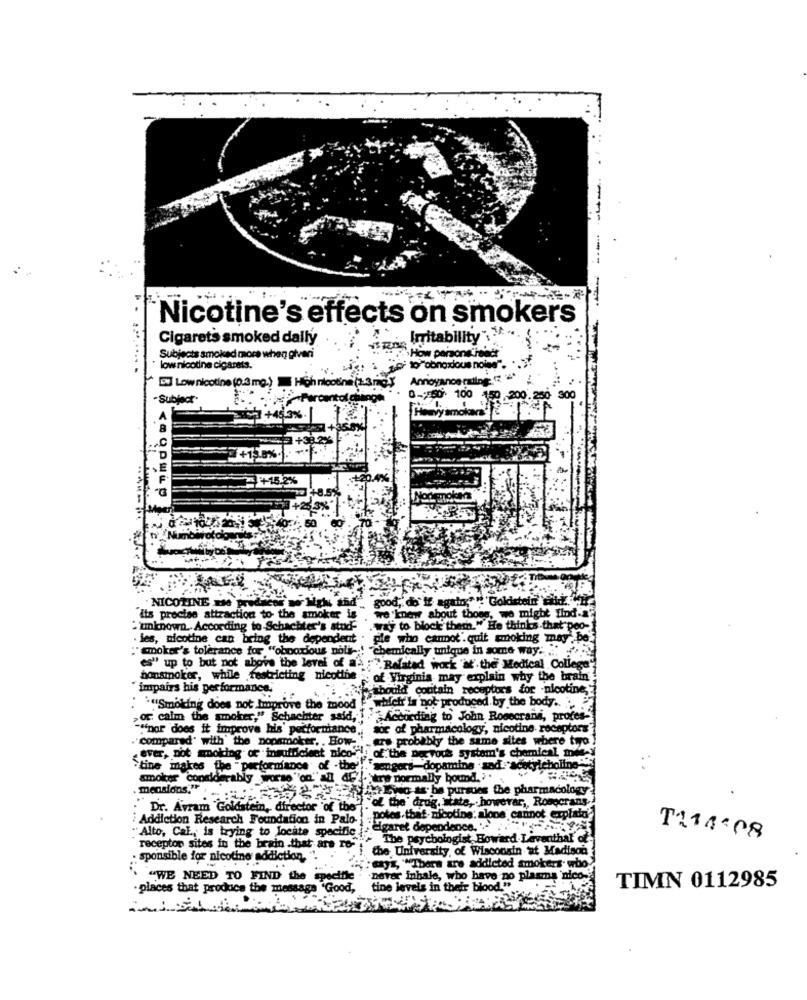
Nicotine's effects on smokers
Cigarets smoked dally
Imitability"
Subjects smoked more when given
How persona ite
low nicotine cigarets.
Annoyance rad
Low nicotine (0.3 mg.)
"Subject.
0- 50 100
250 300
4+15.2%
dacor wor high and" good, do' If again" " Goldstein etuk
NICOTINE x16 Prud
"its precise attraction to the smoker is
we know about those, we might find.a'
" unknown. According to -Schachter's stud .way to block them." He thinks that poo-
. les, nicotine can being the dependent . gle who cannot quit smoking may be'
"amoker's tolerance for "obnoxious nils -! "chemically unique in some way .. ...
es" up to but not above the level of a's :" Related work at the Medical College'
nonsmoker, while restricting nicoth
e~of Virginia may explain why the brain
"impairs his performance,
should contain receptors for -nicotine,
"*"Smoking does not Improve the mood ."whilefr'Is not produced by the body .. ..
or calm the smoker," Schachter said, . According to John Rosecrans, profes-
"nor does it improve his' pecforniance ,, sor of pharmacology, nicotine receptors"
"compared" with" the nonsmoker, . How- 'ers probably the same sites where toyo !
. ever, not smoking of insufficient nico-" !; of the nervous system's chemical mety
`tine makes the -performance of -the' . sengers-dopamine .sad. "acetylcholine-
. .
amokar considerably worse "on" all difare normally bound.
. mensions."
#xe Ewo as be pursues the pharmacology
Dr. Avram Goldstein ,, director of the
of the' drug. state, . however ,, Rosecrans.
Addiction Research Foundation in Palo- are
potes.that- nicotine: alone cannot copiato
Alto, CaL ., is trying to locate specific
cigaret dependence. ".
The psychologist, Boward Leventhal of:
T114.08
receptor sites in the brain .that are ro-
the University of Wisconsin at Madison
. sponsible for nicotine addiction. ".
czy's, ""There are addicted smokers who
"WE NEED TO FIND the spe
never inhale, who have no plasma nico-
·places that produce the message 'Good,
tine levels in their blood"
TIMN 0112985